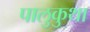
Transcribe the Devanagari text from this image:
पालुकुथा